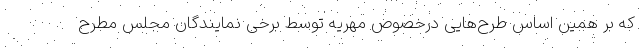
که بر همین اساس طرح‌هایی درخصوص مهریه توسط برخی نمایندگان مجلس مطرح